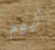
اليوم